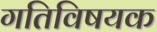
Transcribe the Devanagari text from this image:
गतिविषयक